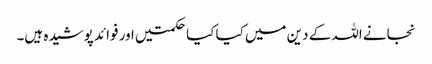
نجانے اللہ کے دین میں کیا کیا حکمتیں اور فوائد پوشیدہ ہیں۔